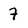
Character: 7